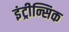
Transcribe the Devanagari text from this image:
इंट्रीन्सिक